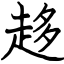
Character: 趍